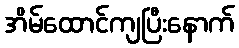
အိမ်ထောင်ကျပြီးနောက်